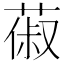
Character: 𦵦